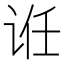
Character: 𬣯